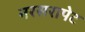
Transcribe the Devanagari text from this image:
नरसरापेट